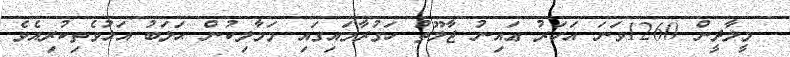
- މީލާދީން 1260ވަނަ އަހަރު ޢައިނު ޖާލޫތު ހަގުރާމައިގައި މަމާލިކުން ޙަލަބު އަޅުވެތިކުރިއެވެ.